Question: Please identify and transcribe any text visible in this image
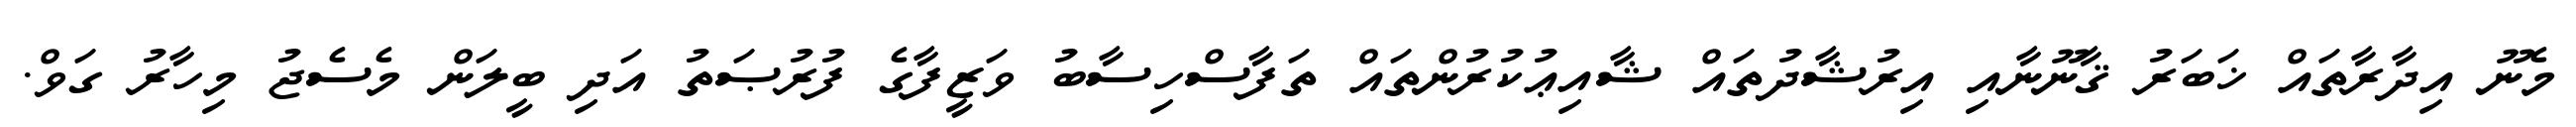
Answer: މެނޫ އިދާރާތައް ޚަބަރު ޤާނޫނާއި އިރުޝާދުތައް ޝާއިޢުކުރުންތައް ތަފާސްހިސާބު ވަޒީފާގެ ފުރުޞަތު އަދި ބީލަން މެސެޖު މިހާރު ގަވް.